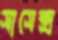
সাসেক্স